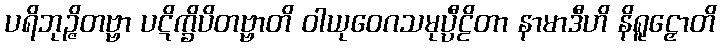
ပရိဘုဉ္ဇိတဗ္ဗာ ပဋိက္ခိပိတဗ္ဗာတိ ဝါယုဝေဂသမုပ္ပီဠိတာ နာမာဒီဟိ နိရူဠှောတိ